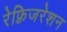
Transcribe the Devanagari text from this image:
रेफ़्रिजरेशन